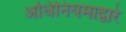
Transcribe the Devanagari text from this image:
अधिनियमाद्वारे